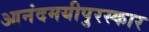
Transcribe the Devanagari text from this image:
आनंदमयीपुरस्कार